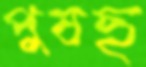
পুষছ